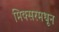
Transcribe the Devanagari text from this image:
मिक्सरमधून